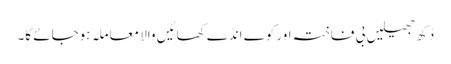
دُکھ جھیلیں بی فاختہ اور کوے انڈے کھائیں والا معاملہ ہوجائے گا۔